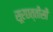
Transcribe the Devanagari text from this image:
सूरछत्तीसी